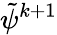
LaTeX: \tilde{\psi}^{k+1}